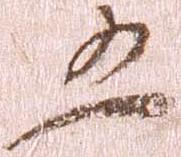
五